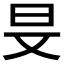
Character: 𣅐